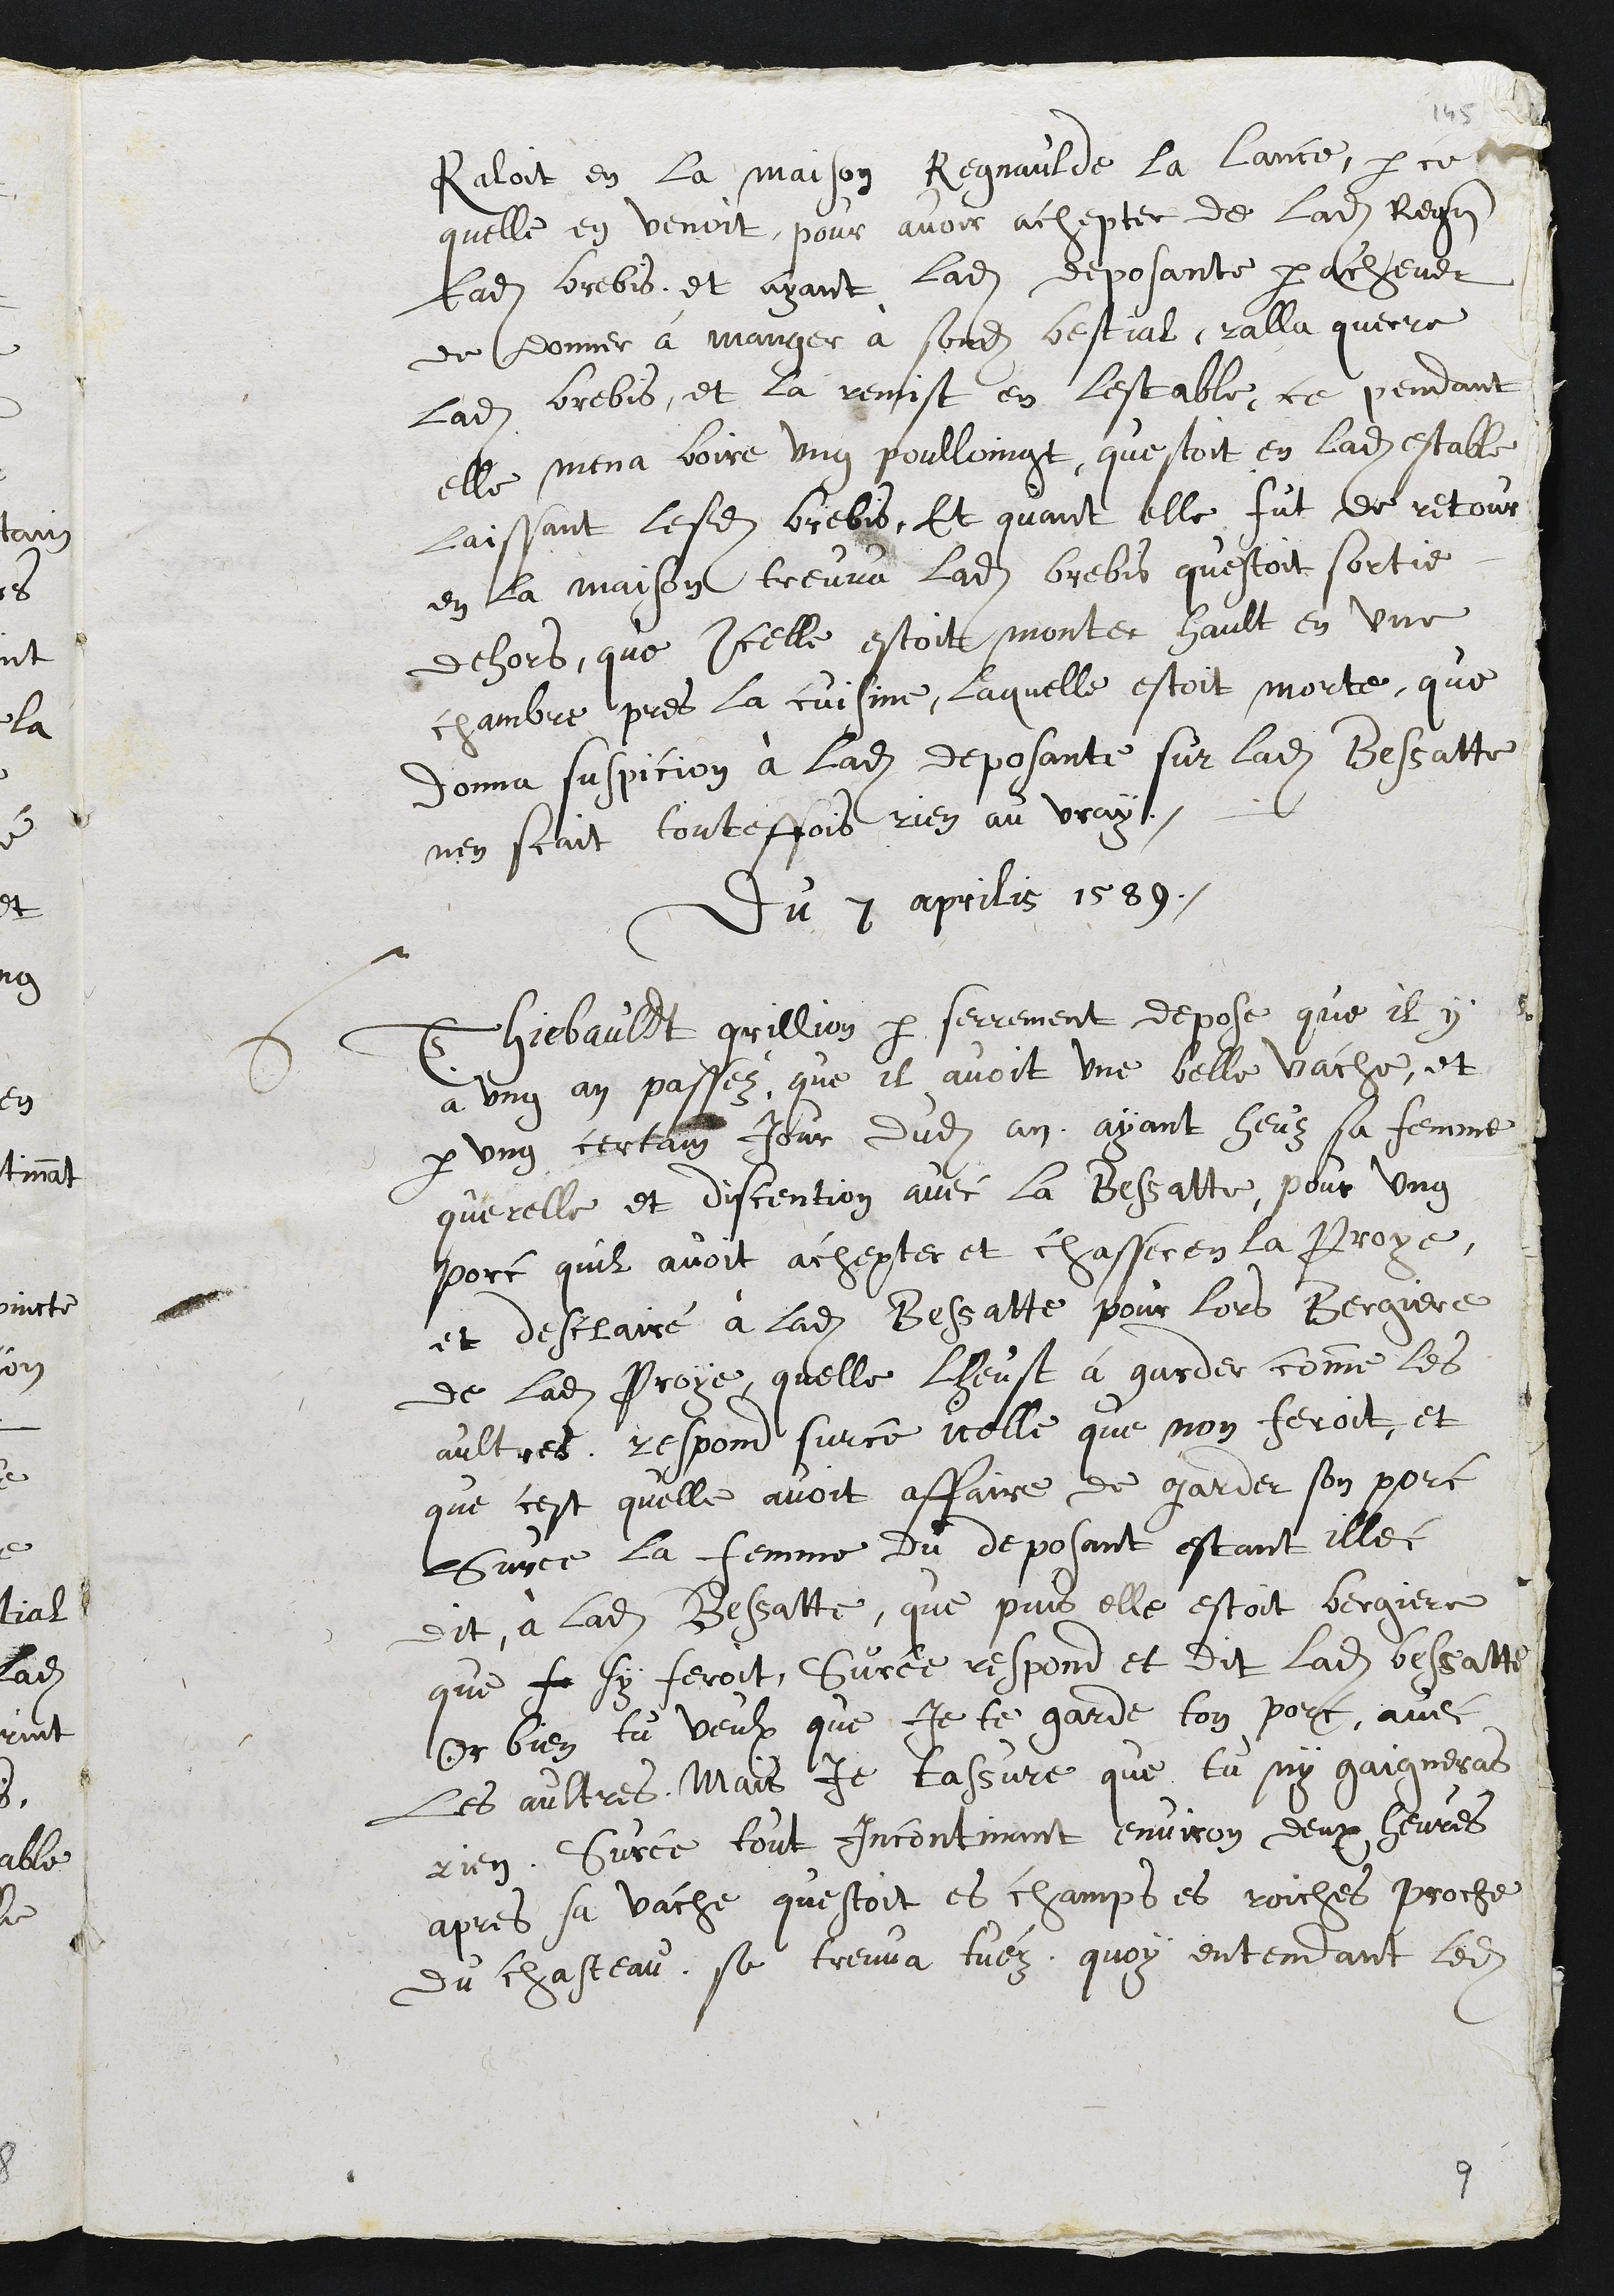
rallait en la maison de Penaude la Lance, parce
qu'elle en venait pour avoir acheté de ladite Penaude
ladite brebis, et ayant ladite deposante parachever
de donner à manger à sondit bétail, ralla quérir
ladite brebis, et la remit en l'étable. Ce pendant,
elle mena boire un poulain qui était en ladite étable,
laissant lesdites brebis. Et quand elle fut de retour
en la maison, trouva ladite brebis qui était sortie
dehors, qu'icelle était montée hau-t en une
chambre près de la cuisine, laquelle était morte, ce qui
donna suspicion à ladite déposante sur ladite Bessatte.
N'en sait toutefois rien au vrai.
Du 7 aprilis 1589.
6. Thibaud Grillon, par sermen-t, dépose qu'il y
a un an passé qu'il avait une belle vache, et
par un certain jour dudit an, ayant eu sa femme
querelle et dissension avec la Bessatte pour un
porc qu'il avait acheté et chassé en la Pro!
et déclaré à ladite Bessatte, pour lors bergère
de ladite Proi, qu'elle l'eut à garder comme les
autres. Répond sur ce icelle que n'en ferait, et
que G'est qu'elle avait affaire de garder son porc.
Sur ce la femme du déposant étant illec,
dit à ladite Bessatte que puisqu'elle était bergère
que si ferait. Sur ce répond et dit ladite Besaatte :
"Or bien, tu veux que je te garde ton parc avec
les autres, mais je t'assuré que tu n'y gagneras
rien". Sur ce -bout incontinent, environ deux heures
après, sa vache qui était es champs es Roches proches
du Château se trouva -tuée. Quoi entendant ledit